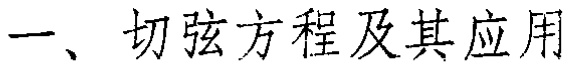
一、 切弦方程及其应用